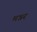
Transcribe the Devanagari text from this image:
मन्नर